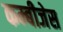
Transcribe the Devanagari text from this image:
कम्बीजेस